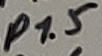
Text: P1.5